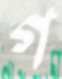
গ